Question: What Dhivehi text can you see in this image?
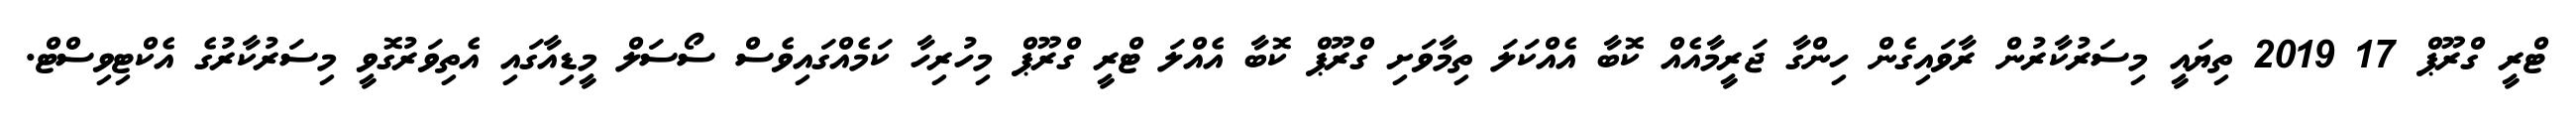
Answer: ޓްރީ ގްރޫޕް 17 2019 ތިޔައީ މިސަރުކާރުން ރާވައިގެން ހިންގާ ޖަރީމާއެއް ކޮބާ އެއްކަލަ ތިމާވަށި ގްރޫޕް ކޮބާ އެއްލަ ޓްރީ ގްރޫޕް މިހުރިހާ ކަމެއްގައިވެސް ސޯސަލް މީޑިއާގައި އެތިވަރުގޮވީ މިސަރުކާރުގެ އެކްޓިވިސްޓް.